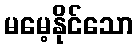
မမေ့နိုင်သော